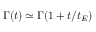
\Gamma ( t ) \simeq \Gamma ( 1 + t / t _ { E } )